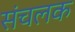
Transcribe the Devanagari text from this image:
संचलक